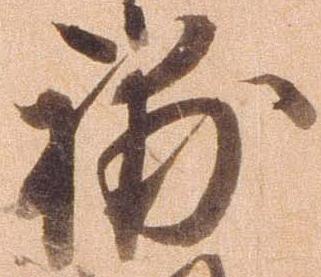
補